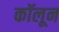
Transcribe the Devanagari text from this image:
कॉलून